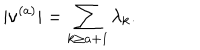
LaTeX: | \nu ^ { ( a ) } | = \sum _ { k \geq a + 1 } \lambda _ { k } .